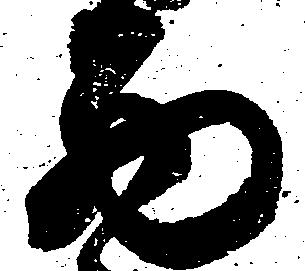
西